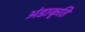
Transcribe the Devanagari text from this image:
अंडाकृति